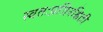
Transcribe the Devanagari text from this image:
स्वतःप्रतिरक्षिती